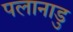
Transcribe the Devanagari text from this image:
पलानाडु